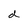
Character: d